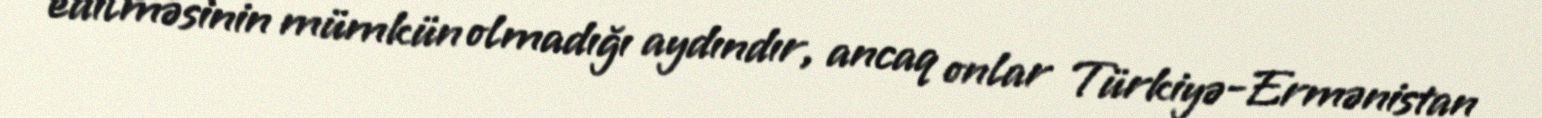
edilməsinin mümkün olmadığı aydındır, ancaq onlar Türkiyə-Ermənistan